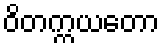
ဝိတက္ကယတော